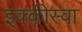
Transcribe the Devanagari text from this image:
इक्कीस्वा